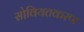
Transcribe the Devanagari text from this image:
सोवियतकरण